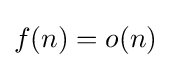
f(n)=o(n)